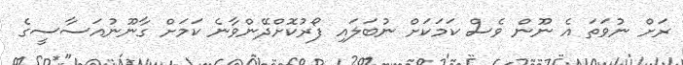
ރަށް ނުވަތަ އެ ނޫން ވެސް ކަމަކަށް ނުބަލައި ފޯރުކޮށްދޭންވާނެ ކަމަށް ގާނޫނުއަސާސީގެ